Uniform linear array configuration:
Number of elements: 48
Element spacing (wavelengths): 0.25
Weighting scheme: exponential
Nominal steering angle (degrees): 60
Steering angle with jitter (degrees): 59.928
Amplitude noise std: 0.05
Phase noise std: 0.05

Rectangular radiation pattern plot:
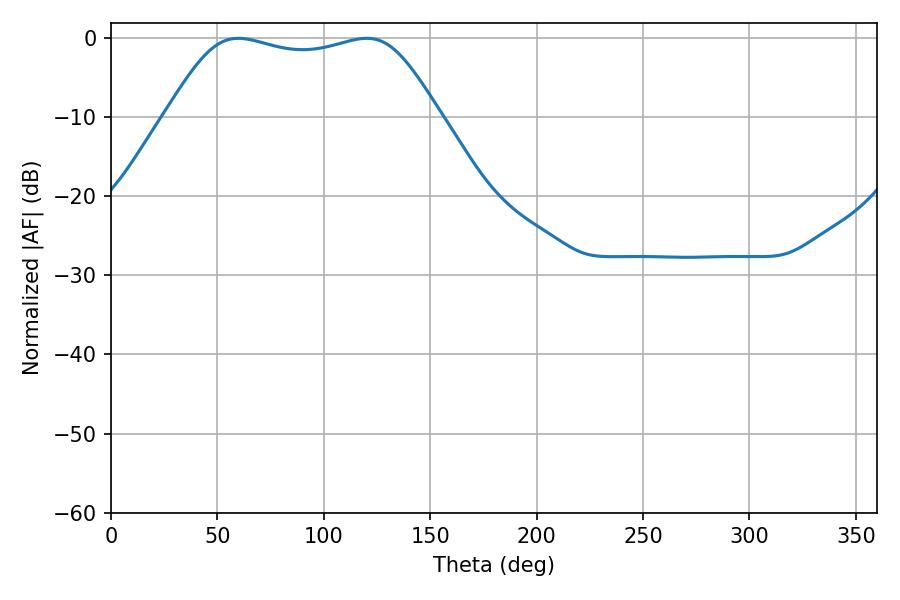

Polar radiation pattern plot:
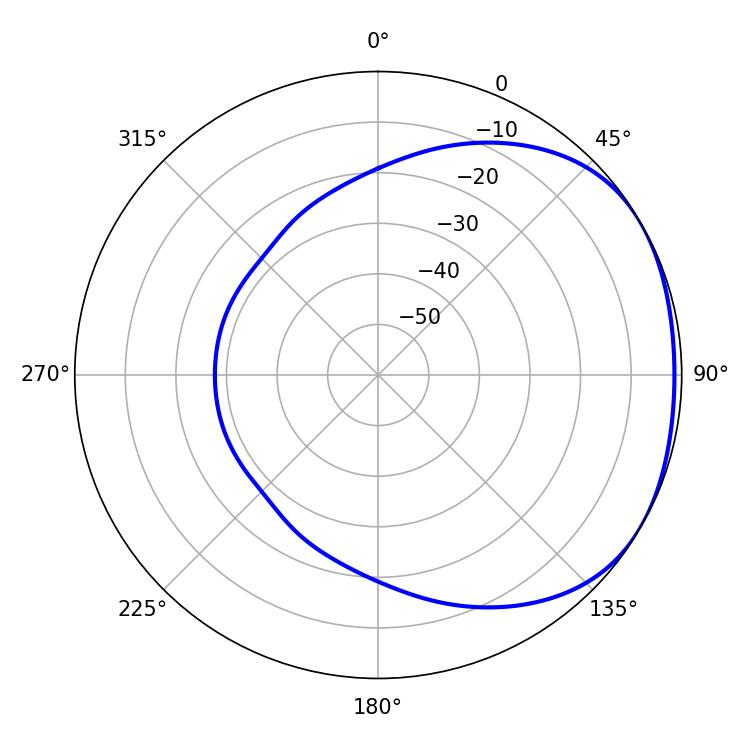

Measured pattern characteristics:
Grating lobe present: FALSE
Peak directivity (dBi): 1.706
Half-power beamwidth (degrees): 97.56
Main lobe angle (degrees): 59.76